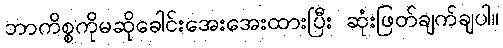
ဘာကိစ္စကိုမဆိုခေါင်းအေးအေးထားပြီး ဆုံးဖြတ်ချက်ချပါ။